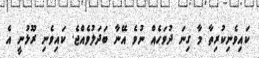
ކައިވެނިކުރިތާ މާ ގިނަ ދުވަހެއް ނުވެ އޭނާ ބަދަލުވެއްޖެ. ކައިވެނި ރޫޅުނީ އެ